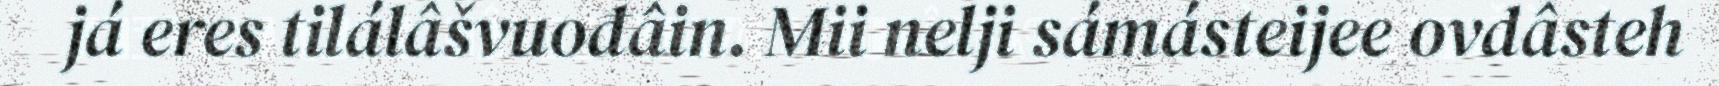
já eres tilálâšvuođâin. Mii nelji sámásteijee ovdâsteh